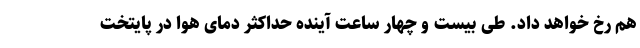
هم رخ خواهد داد. طی بیست و چهار ساعت آینده حداکثر دمای هوا در پایتخت